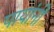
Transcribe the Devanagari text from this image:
पायांनीं